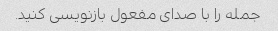
جمله را با صدای مفعول بازنویسی کنید.